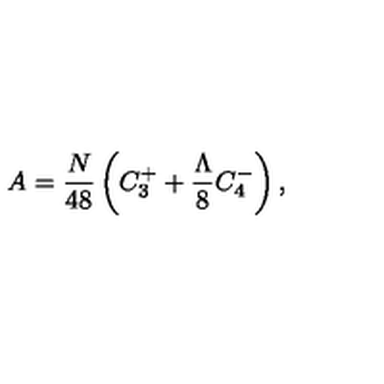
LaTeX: A = \frac { N } { 4 8 } \left( C _ { 3 } ^ { + } + \frac { \Lambda } { 8 } C _ { 4 } ^ { - } \right) ,